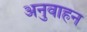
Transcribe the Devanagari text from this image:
अनुवाहन